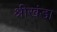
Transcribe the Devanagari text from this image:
श्रीखंडा